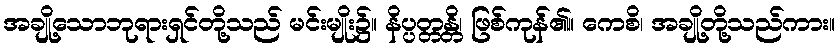
အချို့သောဘုရားရှင်တို့သည် မင်းမျိုး၌။ နိပ္ပတ္တန္တိ၊ ဖြစ်ကုန်၏။ ကေစိ၊ အချို့တို့သည်ကား။